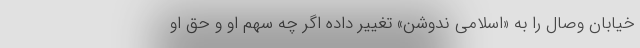
خیابان وصال را به «اسلامی ندوشن» تغییر داده‌ اگر چه سهم او و حق او